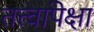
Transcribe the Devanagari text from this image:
तत्त्वांपेक्षा